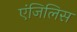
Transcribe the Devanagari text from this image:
एंजिलिस